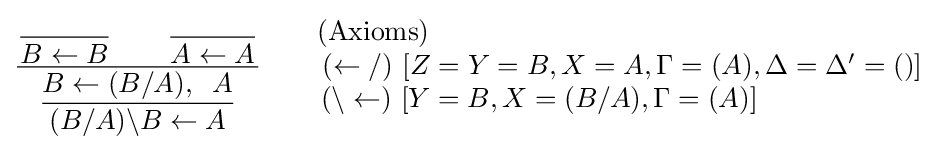
{\dfrac {{\dfrac {}{B\leftarrow B}}\qquad {\dfrac {}{A\leftarrow A}}}{\dfrac {B\leftarrow (B/A),\;\;A}{(B/A)\backslash B\leftarrow A}}}\qquad {\begin{matrix}{\mbox{(Axioms)}}\qquad \qquad \qquad \qquad \qquad \qquad \qquad \qquad \qquad {}\\{(\leftarrow /)\,\,[Z=Y=B,X=A,\Gamma =(A),\Delta =\Delta '=()]}\\{(\backslash \leftarrow )\,\,[Y=B,X=(B/A),\Gamma =(A)]}\qquad \qquad \qquad {}\\\end{matrix}}